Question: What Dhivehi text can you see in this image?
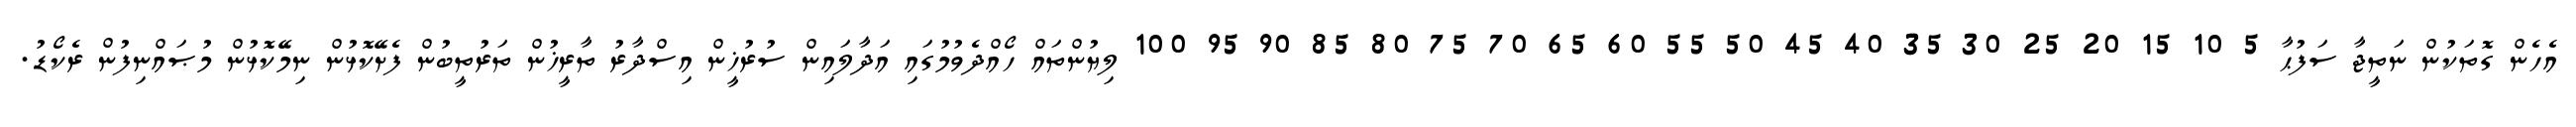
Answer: އެހެން ގޮތަކުން ނަތީޖާ ސަފުޙާ 5 10 15 20 25 30 35 40 45 50 55 60 65 70 75 80 85 90 95 100 ލިޔުންތައް ހޯއްދެވުމުގައި އަދާލައިން ސުރުޚީން އިސްދާރު ތާރީޚުން ތަރުތީބުން ފެށޭކޮޅުން ނިމޭކޮޅުން މުޞައްނިފުން ރެކޯޑު.